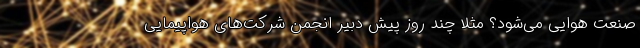
صنعت هوایی می‌شود؟ مثلا چند روز پیش دبیر انجمن شرکت‌های هواپیمایی